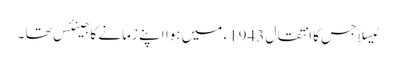
ٹیسلا جس کا انتقال 1943ء میں ہوا اپنے زمانے کا جینئس تھا ۔